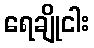
ရေချိုငါး